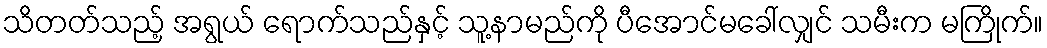
သိတတ်သည့် အရွယ် ရောက်သည်နှင့် သူ့နာမည်ကို ပီအောင်မခေါ်လျှင် သမီးက မကြိုက်။